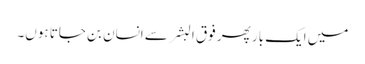
میں ایک بار پھر فوق البشر سے انسان بن جاتا ہوں۔